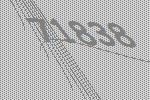
71838